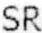
SR